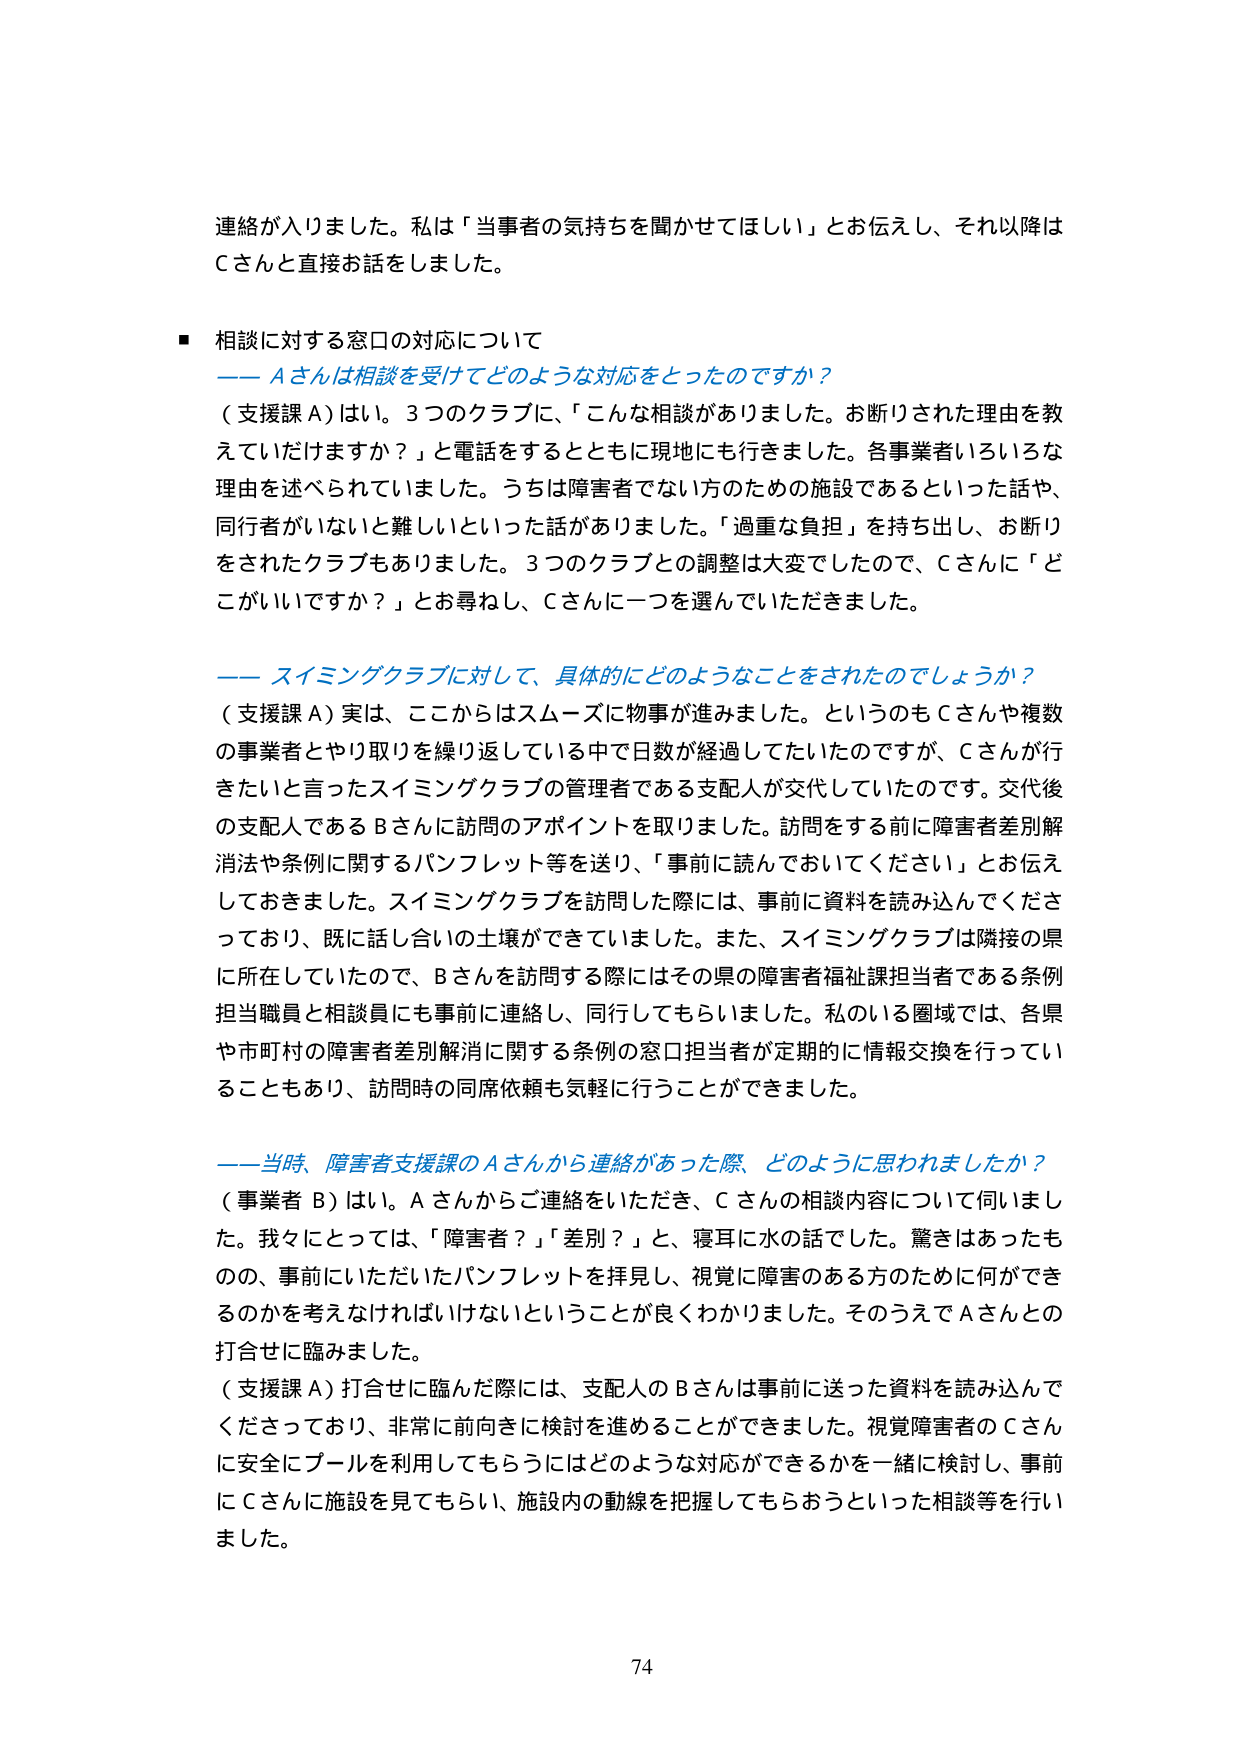
連絡が入りました。私は「当事者の気持ちを聞かせてほしい」とお伝えし、それ以降はＣさんと直接お話しました。

■ 相談に対する窓口の対応について

――Ａさんは相談を受けてどのような対応をとったのですか？

（支援課Ａ）はい。３つのクラブに、「こんな相談がありました。お断りされた理由を教えていただけますか？」と電話をするとともに現地にも行きました。各事業者いろいろな理由を述べられていました。うちは障害者でない方のための施設であるといった話や、同行者がいないと難しいといった話がありました。「過重な負担」を持ち出し、お断りをされたクラブもありました。３つのクラブとの調整は大変でしたので、Ｃさんに「どこがいいですか？」とお尋ねし、Ｃさんに一つを選んでいただきました。

――スイミングクラブに対して、具体的にどのようなことをされたのでしょうか？

（支援課Ａ）実は、ここからはスムーズに物事が進みました。というのもＣさんや複数の事業者とやり取りを繰り返している中で日数が経過していたのですが、Ｃさんが行きたいと言ったスイミングクラブの管理者である支配人が交代していたのです。交代後の支配人であるＢさんへ訪問のアポイントを取りました。訪問をする前に障害者差別解消法や条例に関するパンフレット等を送り、「事前に読んでおいてください」とお伝えしておきました。スイミングクラブを訪問した際には、事前に資料を読み込んでくださっており、既に話し合いの土壌ができていました。また、スイミングクラブは隣接の県に所在していたので、Ｂさんを訪問する際にはその県の障害者福祉課担当者である条例担当職員と相談員にも事前に連絡し、同行してもらいました。私のいる圏域では、各県や市町村の障害者差別解消に関する条例の窓口担当者が定期的に情報交換を行っていることもあり、訪問時の同席依頼も気軽に行うことができました。

――当時、障害者支援課のＡさんから連絡があった際、どのように思われましたか？

（事業者Ｂ）はい。Ａさんからご連絡をいただき、Ｃさんの相談内容について伺いました。我々にとっては、「障害者？」「差別？」と、寝耳に水の話でした。驚きはあったものの、事前にいただいたパンフレットを拝見し、視覚に障害のある方のために何ができるのかを考えなければならないということが良くわかりました。そのうえでＡさんとの打合せに臨みました。

（支援課Ａ）打合せに臨んだ際には、支配人のＢさんは事前に送った資料を読み込んでくださっており、非常に前向きに検討を進めることができました。視覚障害者のＣさんに安全にプールを利用してもらうにはどのような対応ができるかを一緒に検討し、事前にＣさんに施設を見てもらい、施設内の動線を把握してもらおうといった相談等を行いました。

74